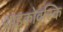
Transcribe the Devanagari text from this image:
शाइकोवस्कि